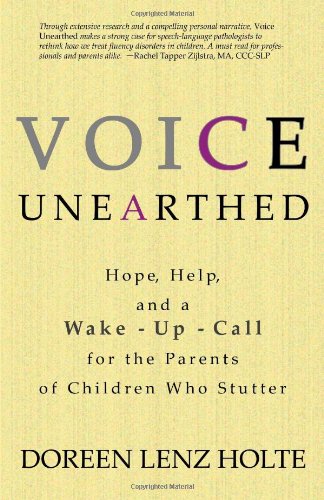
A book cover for Voice Unearthed: Hope, Help and a Wake-Up Call for the Parents of Children Who Stutter; Doreen Lenz Holte; Health, Fitness & Dieting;